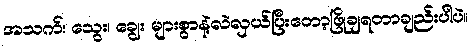
အသက်၊ သွေး၊ ချွေး များစွာနဲ့လဲလှယ်ပြီးတော့ဖြိုချရတာချည်းပါပဲ။